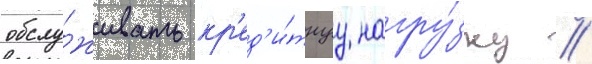
обслу́живать кр'ед'и́тнуу нагру́зку //